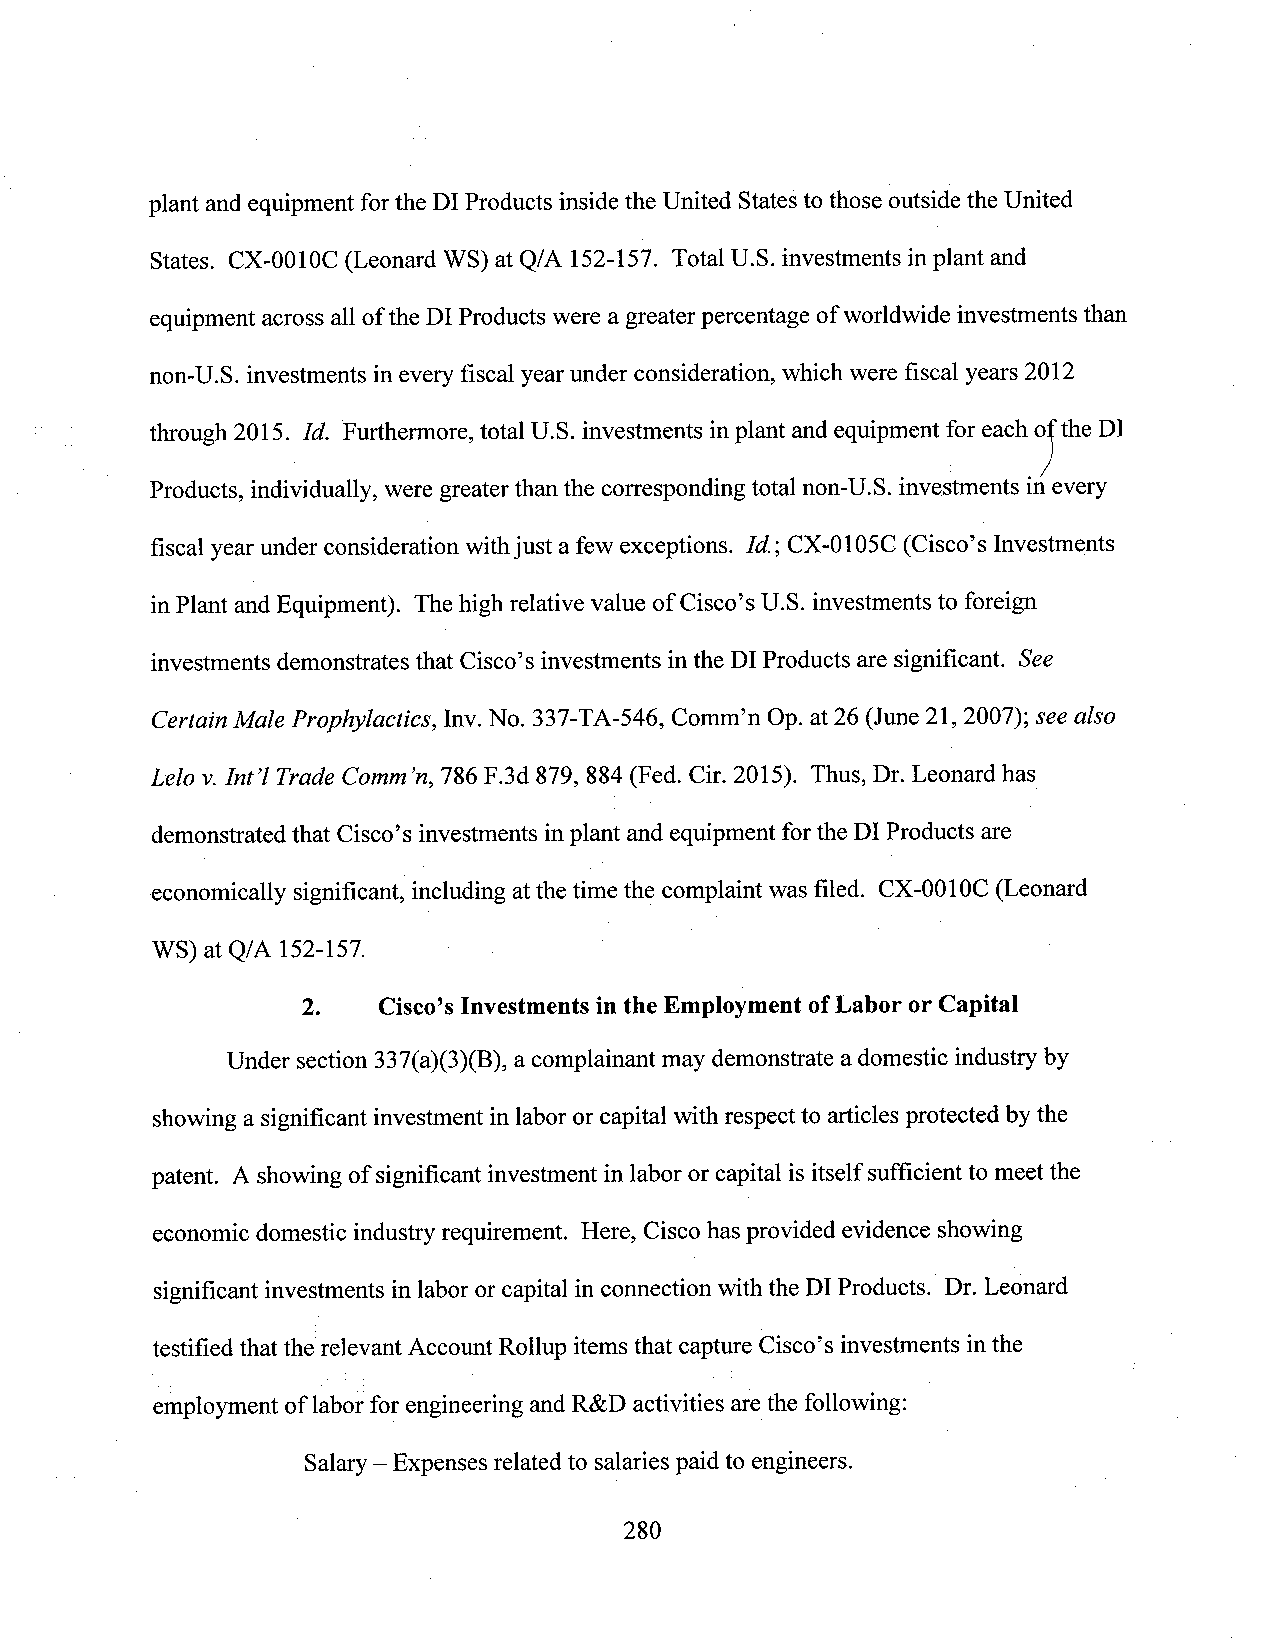
plant and equipment forthe DI Products inside the United Statesto those outside the United
 States. CX-0010C (Leonard WS) at Q/A 152-157. Total U.S. investments inplant and
 equipment across all ofthe DIProducts were a greaterpercentage ofworldwide investments than
 non-U.S. investments in every fiscal year under consideration, which were fiscal years 2012
 through 2015. Id. ‘Furthermore,total U.S. investments inplant and equipment for each ox‘the DI
 Products, individually, were greaterthan the corresponding total non-U.S. investments in/every
 fiscal year under consideration withjust a few exceptions. 1d.;CX-0105C (Cisco’s Investments
 inPlant andEquipment). The high relative value of Cisco’sU.S. investments to foreign
 investments demonstrates that Cisco’s investments inthe DI Products are significant. See
 Certain Male Prophylactics, Inv.No. 337-TA-546, Comm’n Op.at26 (June 21, 2007); see also
 Lela v.Int’! Trade Comm’n,786 F.3d 879, 884 (Fed. Cir. 2015). Thus, Dr. Leonard has
 demonstrated that Cisco’s investments inplant and equipment forthe DI Products are
 economically significant, including atthe time the complaint was filed. CX-0010C (Leonard
 WS) at Q/A 152-157.
 2.   Cisc0’sInvestments in the Employment ofLabor or Capital
 Under section 337(a)(3)(B), a complainant may demonstrate a domestic industry by
 showing a significant investment in laboror capital with respectto articles protected by the
 patent. A showing of significant investmentin labor or capitalis itself sufficient to meet the
 economic domestic industry requirement. Here, Cisco hasprovided evidence showing
 significant investments in labor or capital in connection with the DI Products. Dr. Leonard
 testified that the relevant AccountRollup itemsthat capture Cisco’s investments inthe
 employment of labor for engineering andR&D activities arethe following:
 Salary —Expenses related to salaries paid to engineers.
 280